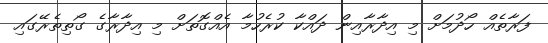
ފަރާތެއް ހޯދުމަށް މި އިދާރާއިން ދައްކާ ކުރެހުމާ އެއްގޮތަށް މި އިދާރާގެ ގޯތިތެރޭގައި